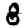
Digit: 8